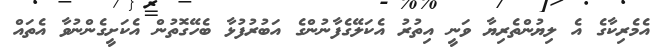
އެމެރިކާގެ އެ ލިޔުންތެރިޔާ ވަނީ އިތުރު އެކަލޭގެފާނުންގެ އަބުރުފުޅާ ބެހޭގޮތުން އެކަށީގެންނުވާ އެތައް